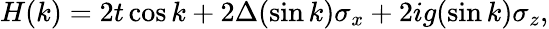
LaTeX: \begin{array}{r}{H(k)=2t\cos k+2\Delta(\sin k)\sigma_{x}+2ig(\sin k)\sigma_{z},}\end{array}